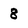
Character: 8